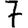
Digit: 7